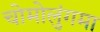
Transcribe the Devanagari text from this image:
चोमोलुंगमा